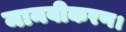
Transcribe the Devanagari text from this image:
मानवीकरण।